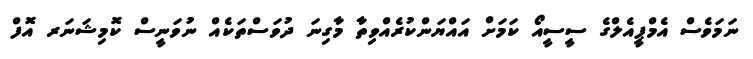
ނަމަވެސް އެމްޕީއެލްގެ ސީސީއޯ ކަމަށް އައްޔަންކުރެއްވިތާ މާގިނަ ދުވަސްތަކެއް ނުވަނީސް ކޮމިޝަނަރ އޮފް